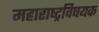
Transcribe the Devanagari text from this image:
महाराष्‍ट्रविषयक